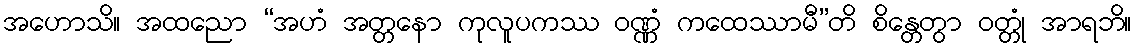
အဟောသိ။ အထညော “အဟံ အတ္တနော ကုလူပကဿ ဝဏ္ဏံ ကထေဿာမီ”တိ စိန္တေတွာ ဝတ္တုံ အာရဘိ။